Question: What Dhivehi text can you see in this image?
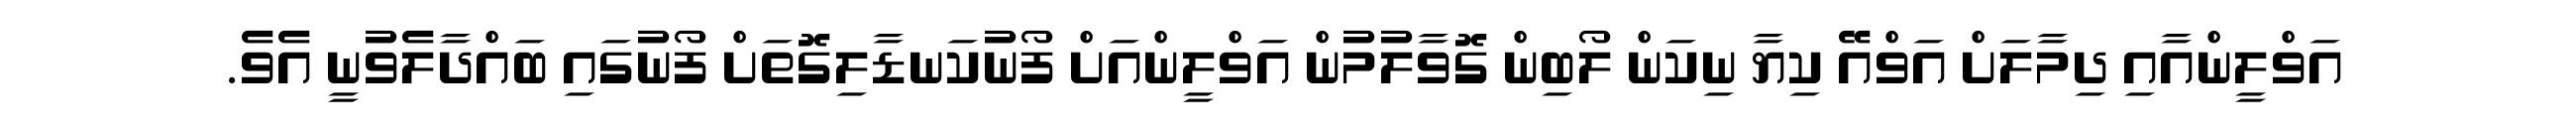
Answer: އަވްލީންއާއި ދިމާލަށް އަވްއޭ ކިޔާ ނިކަން ލޯބިން ގޮވާލުމުން އަވްލީންއަށް ފޯނުކަނޑާލިގޮތަށް ފޯނުގައި ބައްދާލެވުނީ އެވެ.